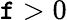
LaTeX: \mathtt{f}>0